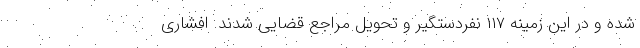
شده و در این زمینه ۱۱۷ نفردستگیر و تحویل مراجع قضایی شدند. افشاری